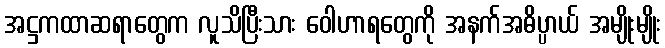
အဋ္ဌကထာဆရာတွေက လူသိပြီးသား ဝေါဟာရတွေကို အနက်အဓိပ္ပာယ် အမျိုးမျိုး